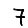
Digit: 7